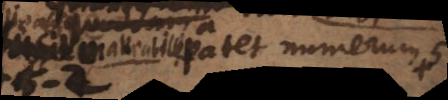
Patet numerum